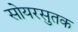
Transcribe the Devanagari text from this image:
सोयरसुतक